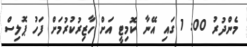
މެންދުރު 00: 1 ގައި އޭނާ ކޮމިޓީ އަށް ހާޒިރުކުރުމަށް ފަހު ޕޮލިސް